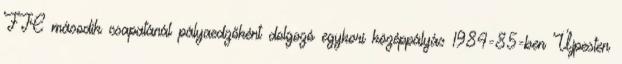
FTC második csapatánál pályaedzőként dolgozó egykori középpályás 1984-85-ben Újpesten